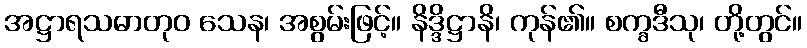
အဋ္ဌာရသဓာတုဝ သေန၊ အစွမ်းဖြင့်။ နိဒ္ဒိဋ္ဌာနိ၊ ကုန်၏။ စက္ခဒီသု၊ တို့တွင်။